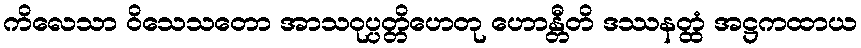
ကိလေသာ ဝိသေသတော အာသဝုပ္ပတ္တိဟေတု ဟောန္တီတိ ဒဿနတ္ထံ အဋ္ဌကထာယ